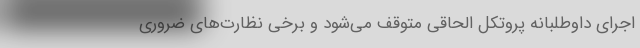
اجرای داوطلبانه پروتکل الحاقی متوقف می‌شود و برخی نظارت‌های ضروری